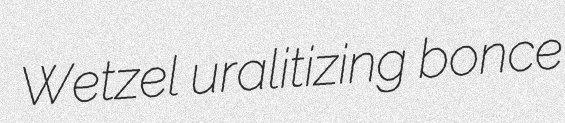
Wetzel uralitizing bonce